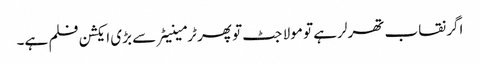
اگر نقاب تھرلر ہے تو مولا جٹ تو پھر ٹرمینیٹر سے بڑی ایکشن فلم ہے۔